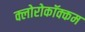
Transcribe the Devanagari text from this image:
क्लोरोकॉक्कम